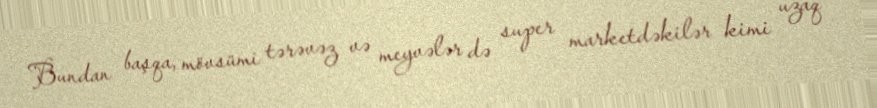
Bundan başqa, mövsümi tərəvəz və meyvələr də super marketdəkilər kimi uzaq